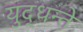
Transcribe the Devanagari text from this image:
युद्धन्ते